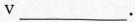
ν ___ .